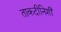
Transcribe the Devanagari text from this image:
ताकदीनिशी